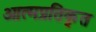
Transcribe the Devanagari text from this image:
आत्मप्रतिकृत